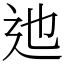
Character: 迆